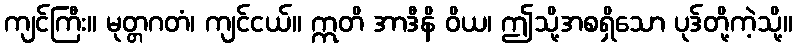
ကျင်ကြီး။ မုတ္တဂတံ၊ ကျင်ငယ်။ ဣတိ အာဒီနိ ဝိယ၊ ဤသို့အစရှိသော ပုဒ်တို့ကဲ့သို့။